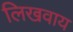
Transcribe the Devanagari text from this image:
लिखवाय